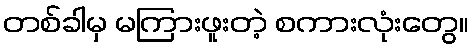
တစ်ခါမှ မကြားဖူးတဲ့ စကားလုံးတွေ။